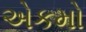
એકમો